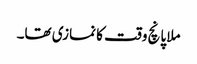
ملا پانچ وقت کا نمازی تھا۔